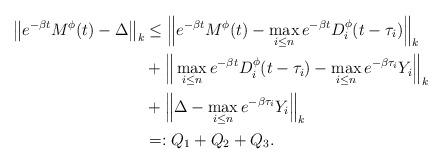
LaTeX: \begin{align*}\big\|e^{-\beta t}M^{\phi}(t)-\Delta\big\|_k&\le \Big\|e^{-\beta t}M^{\phi}(t)-\max_{i\le n}e^{-\beta t}D_i^{\phi}(t-\tau_i)\Big\|_k\\&+\Big\|\max_{i\le n}e^{-\beta t}D_i^{\phi}(t-\tau_i)-\max_{i\le n}e^{-\beta \tau_i}Y_i\Big\|_k\\&+\Big\|\Delta-\max_{i\le n}e^{-\beta \tau_i}Y_i\Big\|_k\\&=: Q_1+Q_2+Q_3.\end{align*}